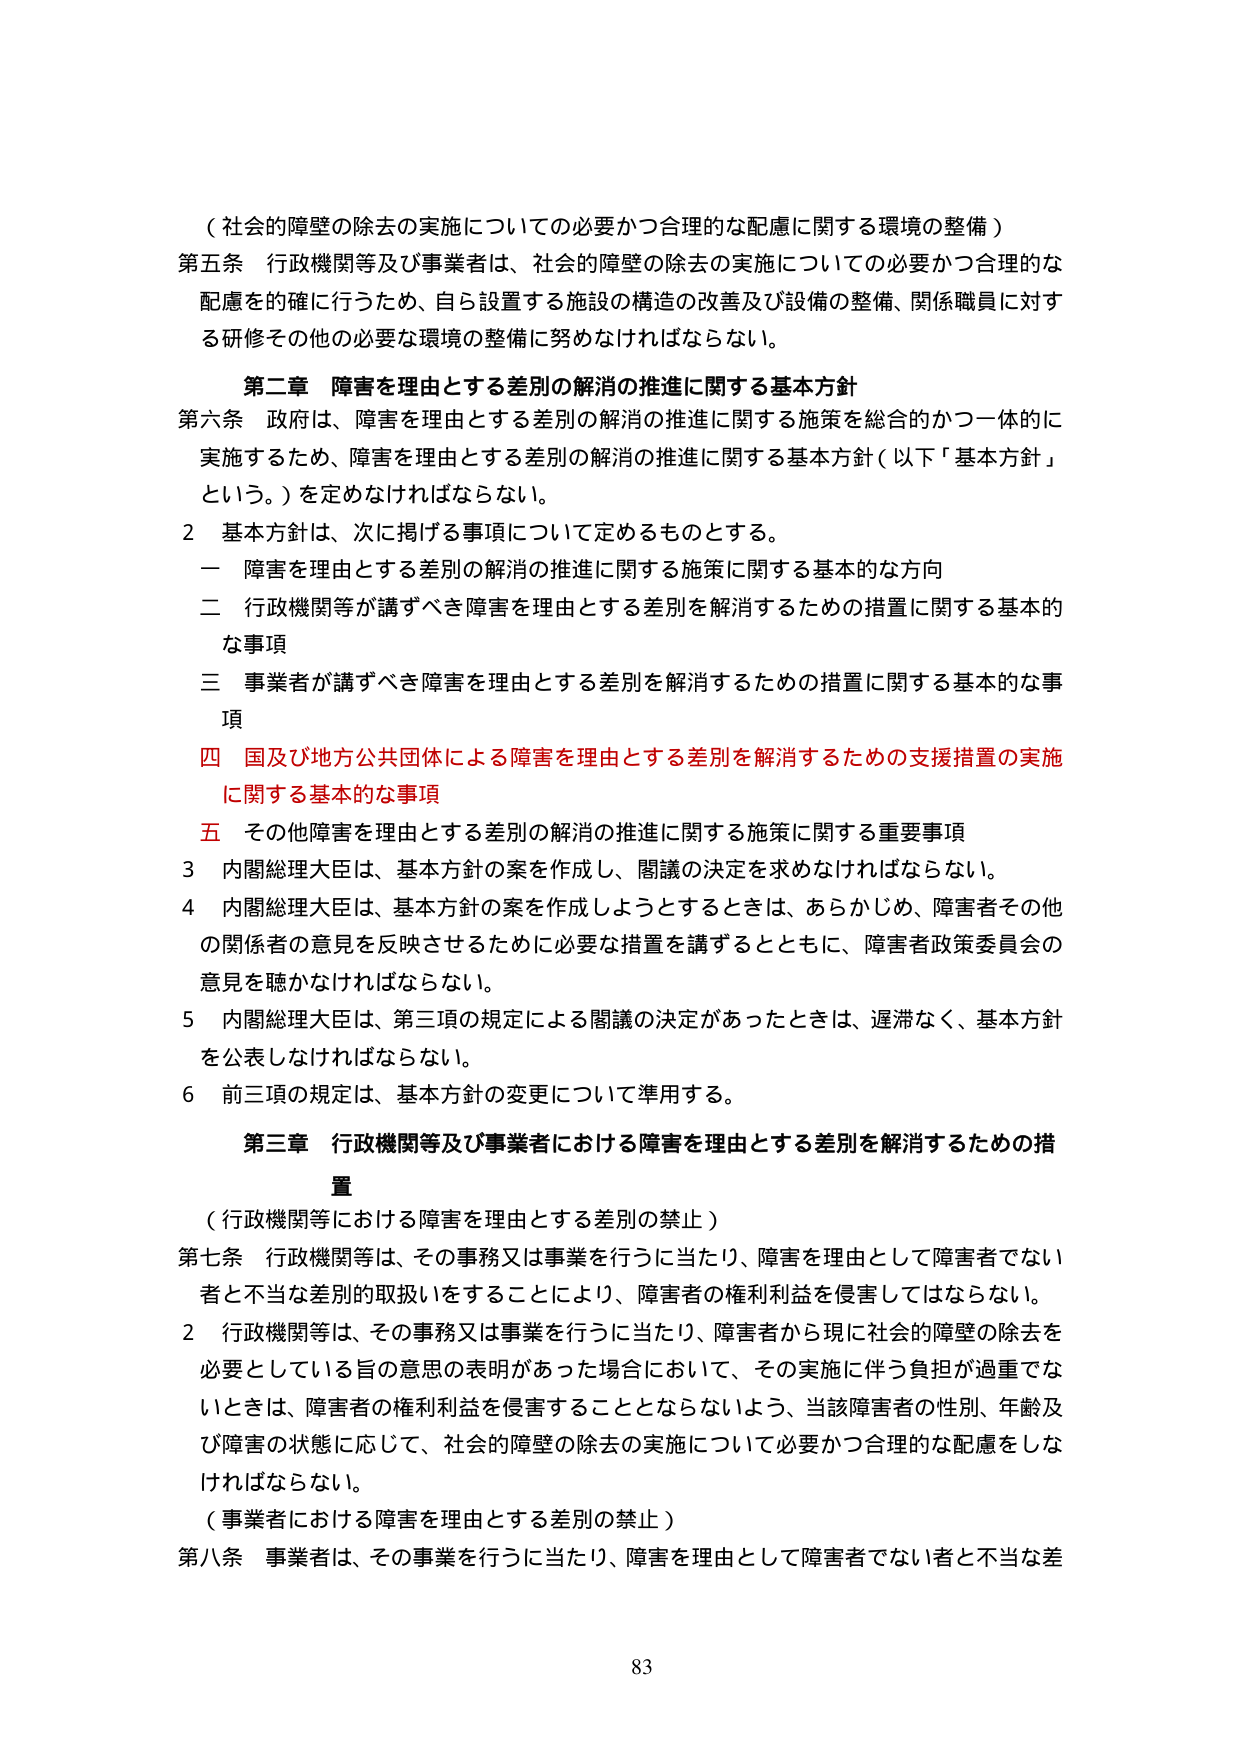
（社会的障壁の除去の実施についての必要かつ合理的な配慮に関する環境の整備）

第五条 行政機関等及び事業者は、社会的障壁の除去の実施についての必要かつ合理的な配慮を的確に行うため、自ら設置する施設の構造の改善及び設備の整備、関係職員に対する研修その他の必要な環境の整備に努めなければならない。

第二章 障害を理由とする差別の解消の推進に関する基本方針

第六条 政府は、障害を理由とする差別の解消の推進に関する施策を総合的かつ一体的に実施するため、障害を理由とする差別の解消の推進に関する基本方針（以下「基本方針」という。）を定めなければならない。

2 基本方針は、次に掲げる事項について定めるものとする。

一 障害を理由とする差別の解消の推進に関する施策に関する基本的な方向

二 行政機関等が講ずべき障害を理由とする差別を解消するための措置に関する基本的な事項

三 事業者が講ずべき障害を理由とする差別を解消するための措置に関する基本的な事項

四 国及び地方公共団体による障害を理由とする差別を解消するための支援措置の実施に関する基本的な事項

五 その他障害を理由とする差別の解消の推進に関する施策に関する重要事項

3 内閣総理大臣は、基本方針の案を作成し、閣議の決定を求めなければならない。

4 内閣総理大臣は、基本方針の案を作成しようとするときは、あらかじめ、障害者その他の関係者の意見を反映させるために必要な措置を講ずるとともに、障害者政策委員会の意見を聴かなければならない。

5 内閣総理大臣は、第三項の規定による閣議の決定があったときは、遅滞なく、基本方針を公表しなければならない。

6 前三項の規定は、基本方針の変更について準用する。

第三章 行政機関等及び事業者における障害を理由とする差別を解消するための措置

（行政機関等における障害を理由とする差別の禁止）

第七条 行政機関等は、その事務又は事業を行うに当たり、障害を理由として障害者でない者と不当な差別的取扱いをすることにより、障害者の権利利益を侵害してはならない。

2 行政機関等は、その事務又は事業を行うに当たり、障害者から現に社会的障壁の除去を必要としている旨の意思の表明があった場合において、その実施に伴う負担が過重でないときは、障害者の権利利益を侵害することとならないよう、当該障害者の性別、年齢及び障害の状態に応じて、社会的障壁の除去の実施について必要かつ合理的な配慮をしなければならない。

（事業者における障害を理由とする差別の禁止）

第八条 事業者は、その事業を行うに当たり、障害を理由として障害者でない者と不当な差

83